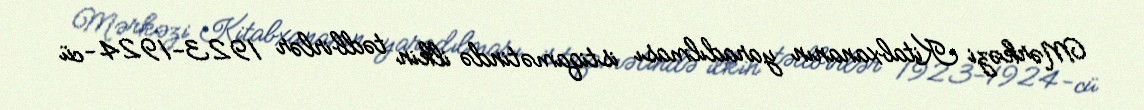
Mərkəzi Kitabxananın yaradılması istiqamətində ilkin tədbirlər 1923-1924-cü